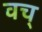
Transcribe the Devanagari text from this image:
वच्